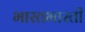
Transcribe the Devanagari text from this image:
भारतभारती